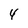
Character: 4